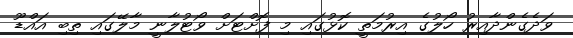
ވަދެގެންދާއިރު ހޯލުގެ އިރުމަތީ ކޮޅުގައި މި ފޮށްޓަށް ވޯޓުލާނީ މާލޭގައި ތިބި އައްޑޫ